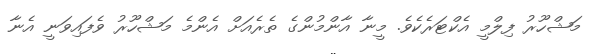
މަޝްހޫރު ފިލްމީ އެކްޓަރެކެވެ. މީނާ އާންމުންގެ ތެރެއަށް އެންމެ މަޝްހޫރު ވެފައިވަނީ އެނާ